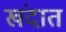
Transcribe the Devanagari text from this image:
खंदात